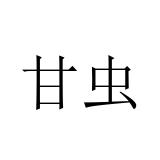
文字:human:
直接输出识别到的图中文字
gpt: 甘虫